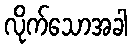
လိုက်သောအခါ